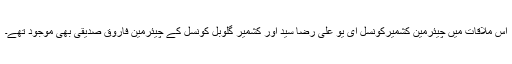
اس ملاقات میں چیئرمین کشمیرکونسل ای یو علی رضا سید اور کشمیر گلوبل کونسل کے چیئرمین فاروق صدیقی بھی موجود تھے۔